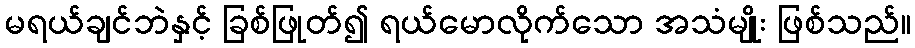
မရယ်ချင်ဘဲနှင့် ခြစ်ဖြုတ်၍ ရယ်မောလိုက်သော အသံမျိုး ဖြစ်သည်။